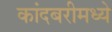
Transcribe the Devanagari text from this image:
कांदबरीमध्ये